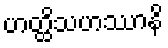
ဟတ္ထိသဟဿာနိ